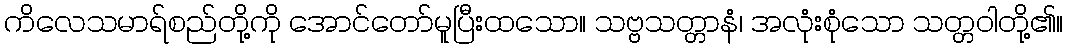
ကိလေသမာရ်စည်တို့ကို အောင်တော်မူပြီးထသော။ သဗ္ဗသတ္တာနံ၊ အလုံးစုံသော သတ္တဝါတို့၏။